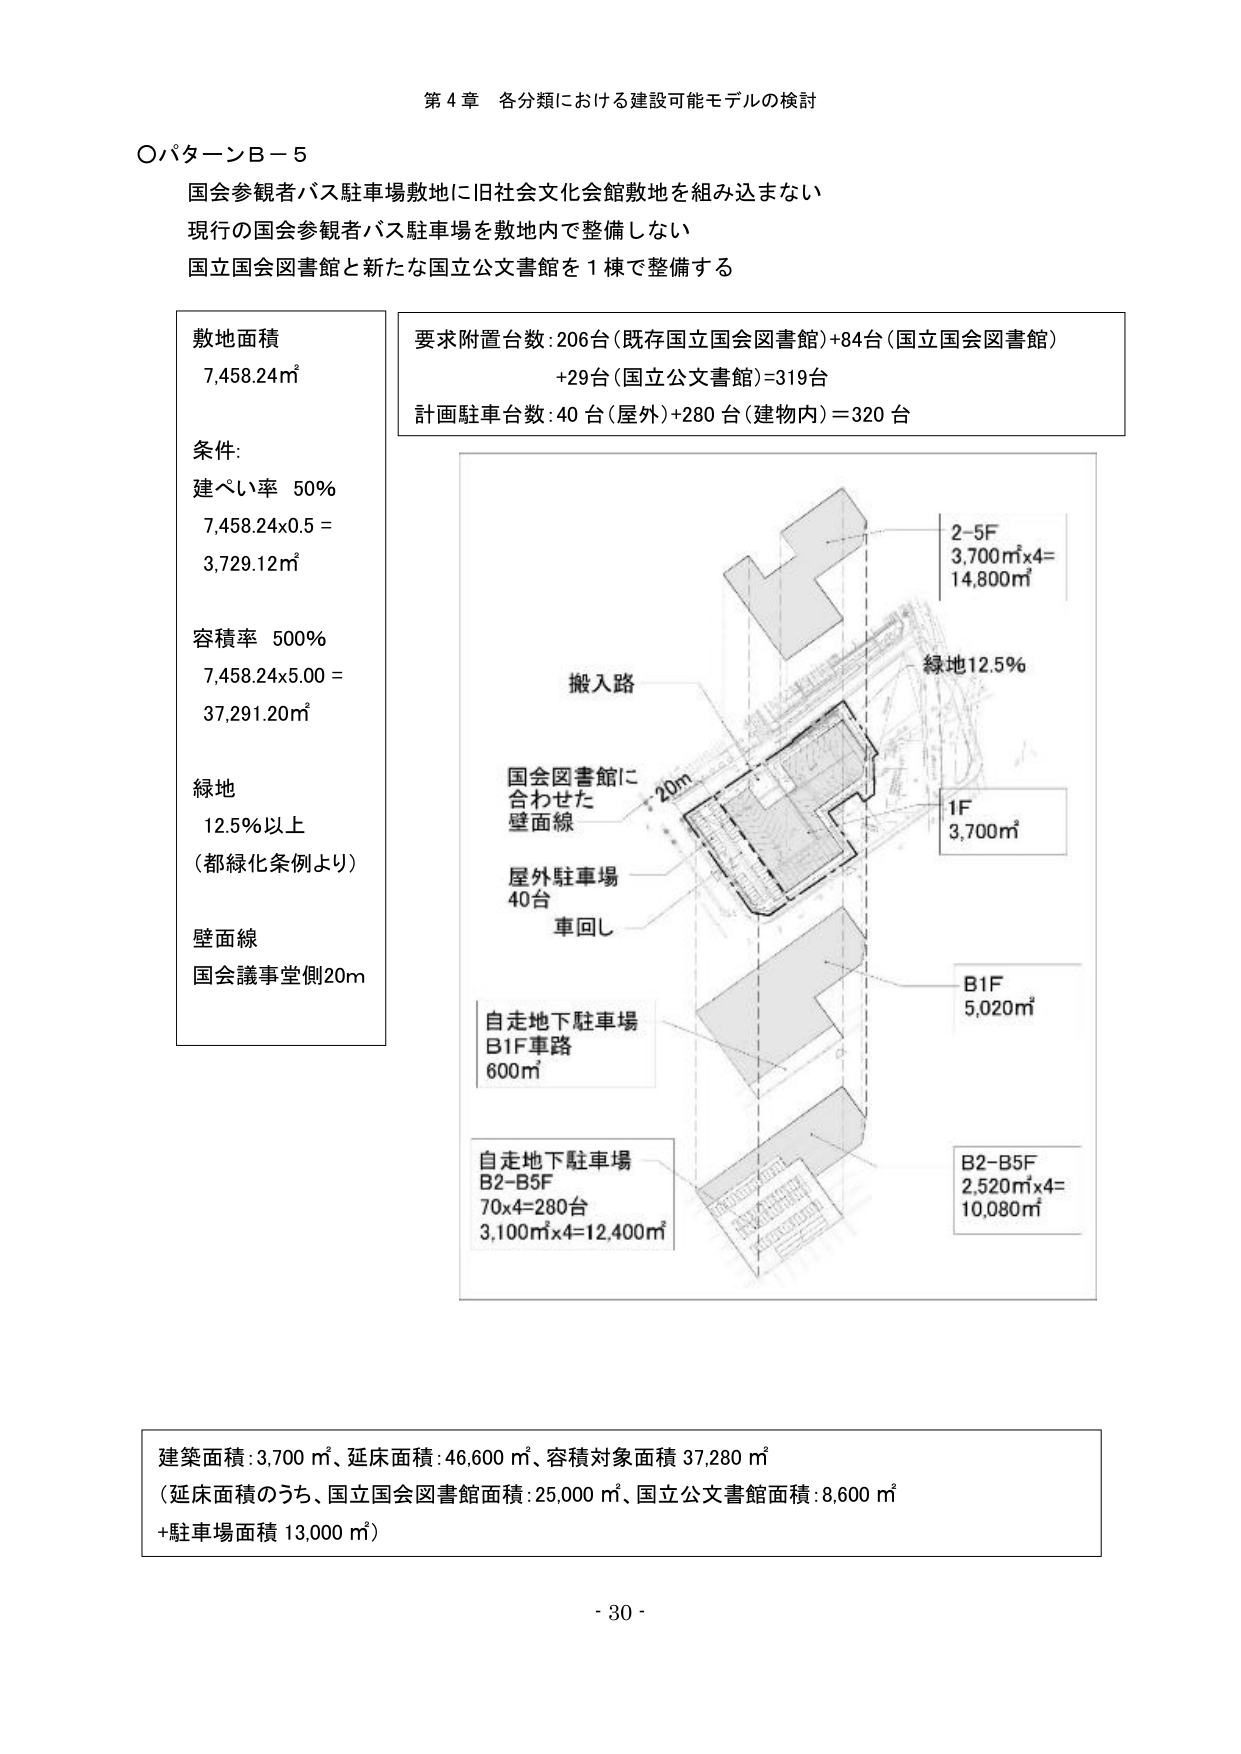
第４章 各分類における建設可能モデルの検討

○パターンＢ－５
国会参観者バス駐車場敷地に旧社会文化会館敷地を組み込まない
現行の国会参観者バス駐車場を敷地内で整備しない
国立国会図書館と新たな国立公文書館を１棟で整備する

敷地面積
7,458.24㎡

条件:
建ぺい率 50%
7,458.24×0.5 =
3,729.12㎡

容積率 500%
7,458.24×5.00 =
37,291.20㎡

緑地
12.5％以上
（都緑化条例より）

壁面線
国会議事堂側20m

要求附置台数:206台（既存国立国会図書館）+84台（国立国会図書館）
+29台（国立公文書館）=319台
計画駐車台数:40台（屋外）+280台（建物内）＝320台

搬入路
国会図書館に
合わせた
壁面線
20m
屋外駐車場
40台
車回し
自走地下駐車場
B1F車路
600㎡
自走地下駐車場
B2-B5F
70×4=280台
3,100㎡×4=12,400㎡
緑地12.5％
2-5F
3,700㎡×4=
14,800㎡
1F
3,700㎡
B1F
5,020㎡
B2-B5F
2,520㎡×4=
10,080㎡

建築面積:3,700㎡、延床面積:46,600㎡、容積対象面積37,280㎡
（延床面積のうち、国立国会図書館面積:25,000㎡、国立公文書館面積:8,600㎡
+駐車場面積13,000㎡）

- 30 -